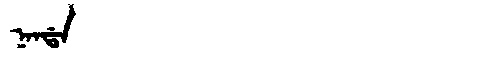
Manchu: ᠨᠠᠨᡩᠠ
Romanization: NANDA